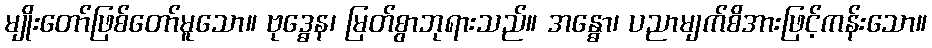
မျိုးတော်ဖြစ်တော်မူသော။ ဗုဒ္ဓေန၊ မြတ်စွာဘုရားသည်။ အန္ဓော၊ ပညာမျက်စိအားဖြင့်ကန်းသော။